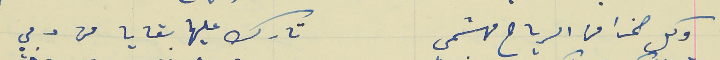
وكل صخرا من الرياح مهشمي                                          تارك عليها بقايا من دمي